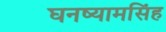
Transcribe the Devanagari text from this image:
घनष्यामसिंह